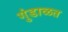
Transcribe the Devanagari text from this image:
गुंडाळत